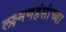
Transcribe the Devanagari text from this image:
लक्ष्मणहंसांच्या